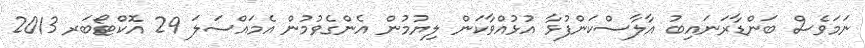
ނަމަވެސް ބަންޑާރަނައިބު އާލާސްކަންފުޅާ އުޅުއްވާކަން ލިޔުމުން އެންގެވުމުން އެމައްސަލަ 29 އޮކްޓޯބަރ 2013